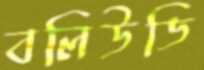
বলিউডি